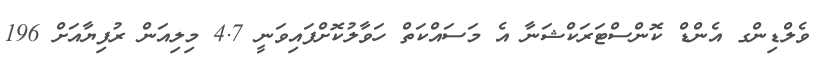
ވެލްޑިންގ އެންޑް ކޮންސްޓަރަކްޝަނާ އެ މަސައްކަތް ހަވާލުކޮށްފައިވަނީ 4.7 މިލިއަން ރުފިޔާއަށް 196